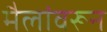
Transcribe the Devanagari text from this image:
मैलांवरून